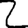
Digit: 2